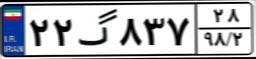
۲۲گ۸۳۷۲۸